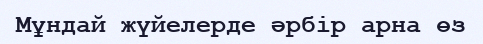
Мұндай жүйелерде әрбір арна өз